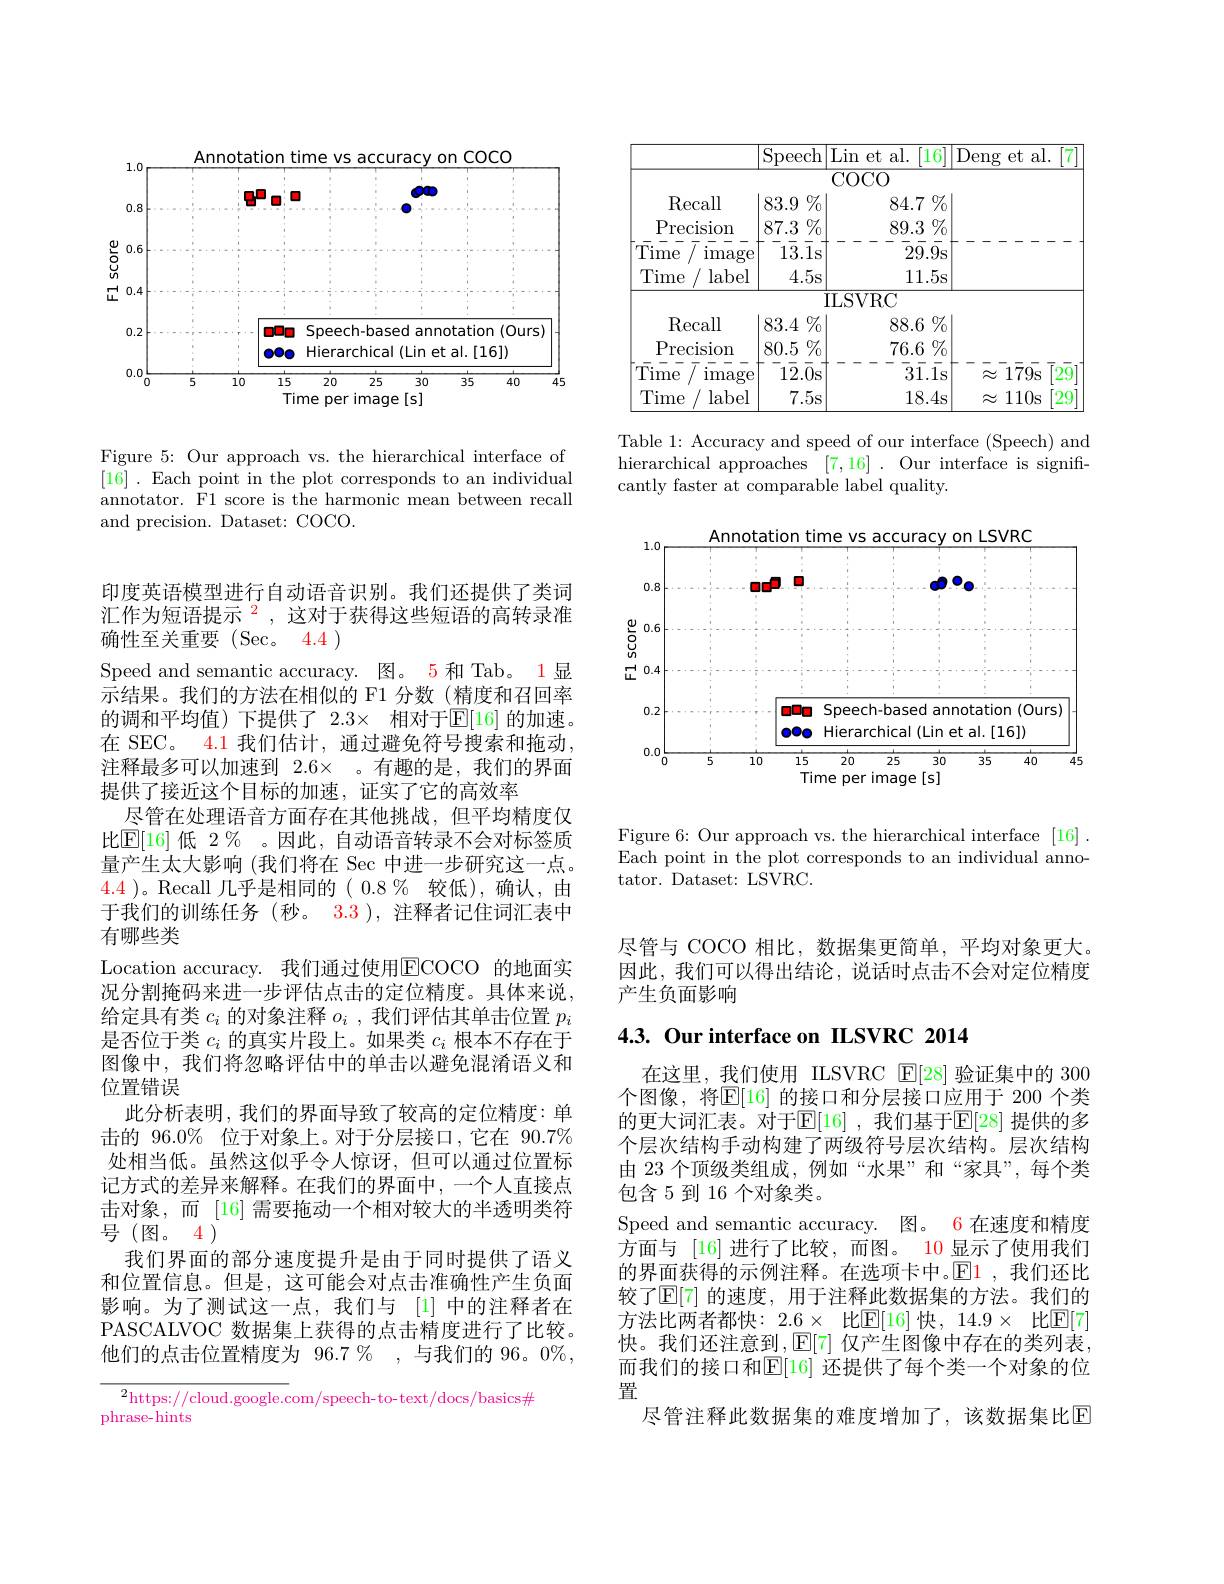
<FigureHere>

Figure 5: Our approach vs. the hierarchical interface of [16]. Each point in the plot corresponds to an individual annotator. F1 score is the harmonic mean between recall and precision. Dataset: COCO.

印度英语模型进行自动语音识别。我们还提供了类词汇作为短语提示$^2$,这对于获得这些短语的高转录准确性至关重要(Sec。4.4)
Speed and semantic accuracy. 图。5 和 Tab。1显示结果。我们的方法在相似的 F1 分数(精度和召回率的调和平均值)下提供了 2.3× 相对于$\mathbb{E}[16]$ 的加速。在 SEC。4.1 我们估计，通过避免符号搜索和拖动注释最多可以加速到 2.6× 。有趣的是，我们的界面提供了接近这个目标的加速，证实了它的高效率
尽管在处理语音方面存在其他挑战，但平均精度仅比$\mathbb{E}[16]$ 低 2% 。因此，自动语音转录不会对标签质量产生太大影响 (我们将在 Sec 中进一步研究这一点。4.4 )。Recall 几乎是相同的( 0.8 % 较低),确认，由于我们的训练任务(秒。3.3),注释者记住词汇表中有哪些类
Location accuracy. 我们通过使用$\overline{\mathrm{ECOCO}}$ 的地面实况分割掩码来进一步评估点击的定位精度。具体来说， 给定具有类$c_i$的对象注释$o_i$,我们评估其单击位置$p_i$ 是否位于类$c_i$的真实片段上。如果类$c_i$根本不存在于图像中，我们将忽略评估中的单击以避免混淆语义和位置错误
此分析表明，我们的界面导致了较高的定位精度：单击的 96.0% 位于对象上。对于分层接口，它在 90.7% 处相当低。虽然这似乎令人惊讶，但可以通过位置标记方式的差异来解释。在我们的界面中，一个人直接点击对象，而 [16] 需要拖动一个相对较大的半透明类符号(图。4)
我们界面的部分速度提升是由于同时提供了语义和位置信息。但是，这可能会对点击准确性产生负面影响。为了测试这一点，我们与[1]中的注释者在PASCALVOC 数据集上获得的点击精度进行了比较。他们的点击位置精度为 96.7 % , 与我们的 96。0%, $\overline{{^2\text{https://cloud.google.c}}}$com/speech-to-text/docs/basics#

phrase-hints

<table>
	<tbody>
		<tr>
			<th> </th>
			<th>Speech $\operatorname{Lin}$</th>
			<th>al.[7 $\operatorname{eng}$ $et.$ $\frac{1}{2}=\frac{1}{2}=\frac{1}{2}$ $\frac{1}{2}=\frac{1}{2}=\frac{1}{2}$</th>
		</tr>
	</tbody>
</table>

Table 1: Accuracy and speed of our interface (Speech) and hierarchical approaches [7,16]. Our interface is significantly faster at comparable label quality.

<FigureHere>

Figure 6: Our approach vs. the hierarchical interface [16] Each point in the plot corresponds to an individual annotator. Dataset: LSVRC.

尽管与 COCO 相比，数据集更简单，平均对象更大因此，我们可以得出结论，说话时点击不会对定位精度产生负面影响

## 4.3. Our interface on ILSVRC 2014

在这里，我们使用 ILSVRC $\mathbb{E}[28]$验证集中的 300个图像，将$\overline{\mathbb{E}}[16]$ 的接口和分层接口应用于 200 个类的更大词汇表。对于$\mathbb{E}[16]$ ,我们基于$\mathbb{E}[28]$ 提供的多个层次结构手动构建了两级符号层次结构。层次结构由 23 个顶级类组成，例如“水果”和“家具”,每个类包含 5 到 16 个对象类。
Speed and semantic accuracy. 图。6 在速度和精度方面与 [16]进行了比较，而图。10 显示了使用我们的界面获得的示例注释。在选项卡中。$\mathbb{E}\color{red}{1}$,我们还比较了$\mathbb{E}[7]$ 的速度，用于注释此数据集的方法。我们的方法比两者都快：$2.6\times$ 比$\mathbb{E}[16]$ 快，14.9× 比$\mathbb{E}[7]$ 快。我们还注意到$,\operatorname{E}[7]$ 仅产生图像中存在的类列表， 而我们的接口和$\mathbb{E}[16]$ 还提供了每个类一个对象的位置
尽管注释此数据集的难度增加了，该数据集比E